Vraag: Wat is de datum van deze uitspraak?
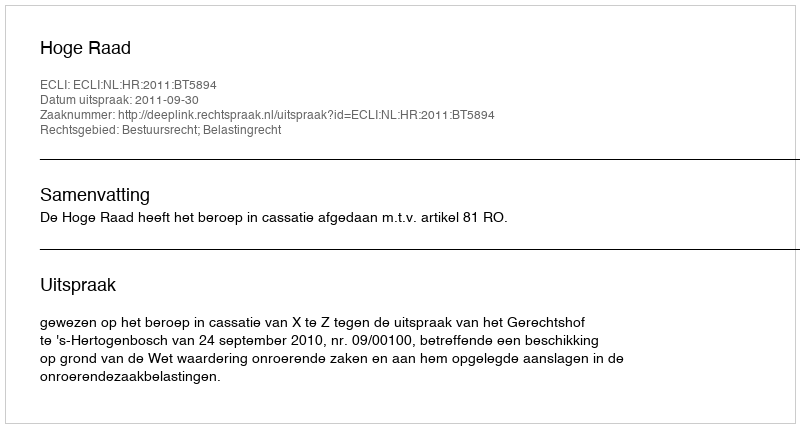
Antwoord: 2011-09-30